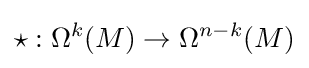
{\star }:\Omega ^{k}(M)\rightarrow \Omega ^{n-k}(M)